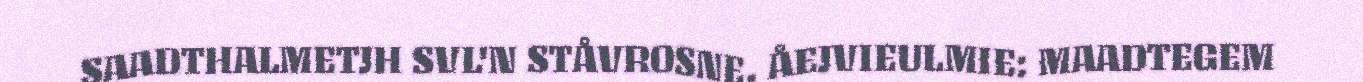
SAADTHALMETJH SVL'N STÅVROSNE. ÅEJVIEULMIE: MAADTEGEM